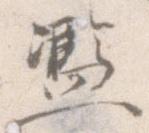
濫